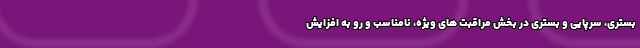
بستری، سرپایی و بستری در بخش مراقبت های ویژه، نامناسب و رو به افزایش